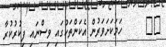
٧٥      ހަމަކަށަވަރުން އެކަންތަކުގައި ވިސްނައި ފިކުރުކުރާ